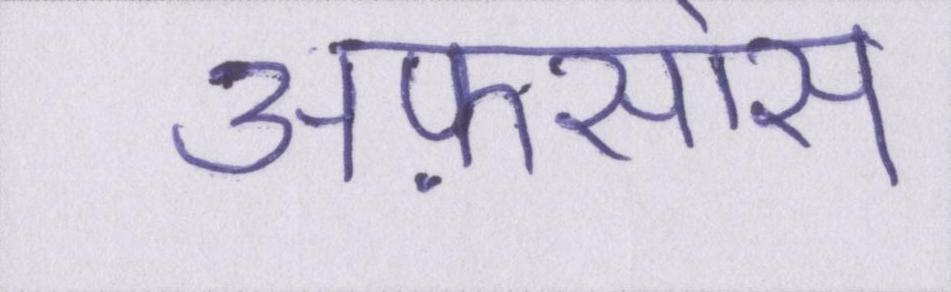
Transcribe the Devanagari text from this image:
अफ़सोस